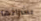
بشرائها